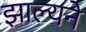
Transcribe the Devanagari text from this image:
झाल्यने